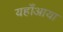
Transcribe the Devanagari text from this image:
यहाँआया